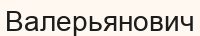
Валерьянович